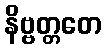
နိဗ္ဗတ္တတေ